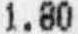
1.80